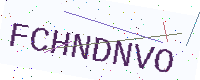
Text: FCHNDNVO